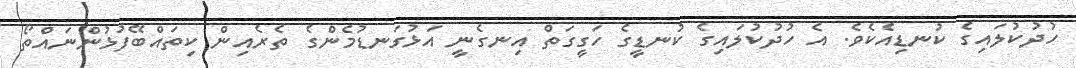
ހުދުކުލައިގެ ކުނޑިއެކެވެ. އެ ހުދުކުލައިގެ ކުނޑީގެ ހަގީގަތް އިނގެނީ އަޅުގަނޑުމެންގެ ތެރެއިން ކިތައްބޭފުޅުންނައްތޯ